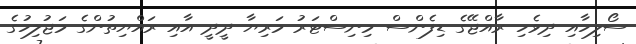
ސޯލިހާއި ދިވެހި ރާއްޖޭގެ ޑިފެންސް މިނިސްޓަރު މަރިޔާ ދީދީ އާއި ރައްޔިތުންގެ މަޖުލިހުގެ